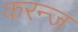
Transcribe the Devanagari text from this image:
करन्‍ज